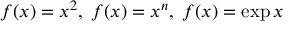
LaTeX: f ( x ) = x ^ { 2 } , \; f ( x ) = x ^ { n } , \; f ( x ) = \exp { x }